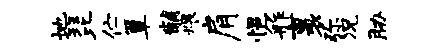
地琵伫簟黼煨肩悒舴裹弥况胁